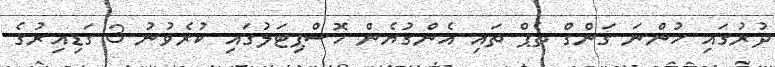
ދުރުގައި ހުންނަ ގަންގް ތެޕް ތައި އެންގުޔެން ހޮސްޕިޓަލުގައި ކުރެވުނު 3 ގަޑިއިރުގެ